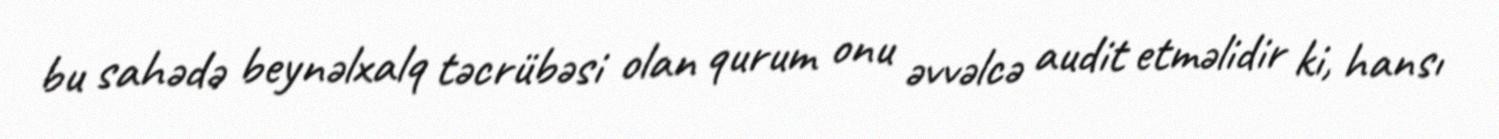
bu sahədə beynəlxalq təcrübəsi olan qurum onu əvvəlcə audit etməlidir ki, hansı